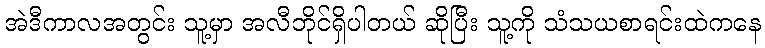
အဲဒီကာလအတွင်း သူ့မှာ အလီဘိုင်ရှိပါတယ် ဆိုပြီး သူ့ကို သံသယစာရင်းထဲကနေ